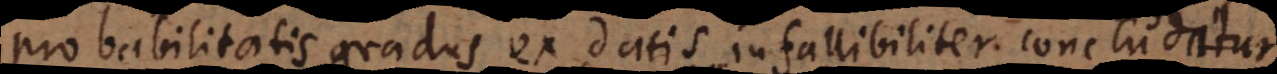
probabilitatis gradus ex datis infallibiliter concludi